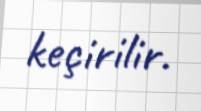
keçirilir.